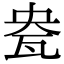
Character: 㼜